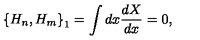
\left\{ H _ { n } , H _ { m } \right\} _ { 1 } = \int d x \frac { d X } { d x } = 0 ,